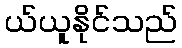
ယ်ယူနိုင်သည်